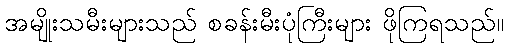
အမျိုးသမီးများသည် စခန်းမီးပုံကြီးများ ဖိုကြရသည်။